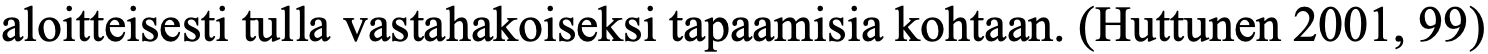
aloitteisesti tulla vastahakoiseksi tapaamisia kohtaan. (Huttunen 2001, 99)